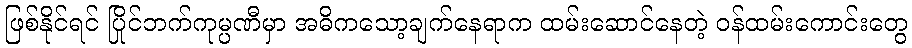
ဖြစ်နိုင်ရင် ပြိုင်ဘက်ကုမ္ပဏီမှာ အဓိကသော့ချက်နေရာက ထမ်းဆောင်နေတဲ့ ဝန်ထမ်းကောင်းတွေ